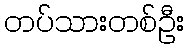
တပ်သားတစ်ဦး